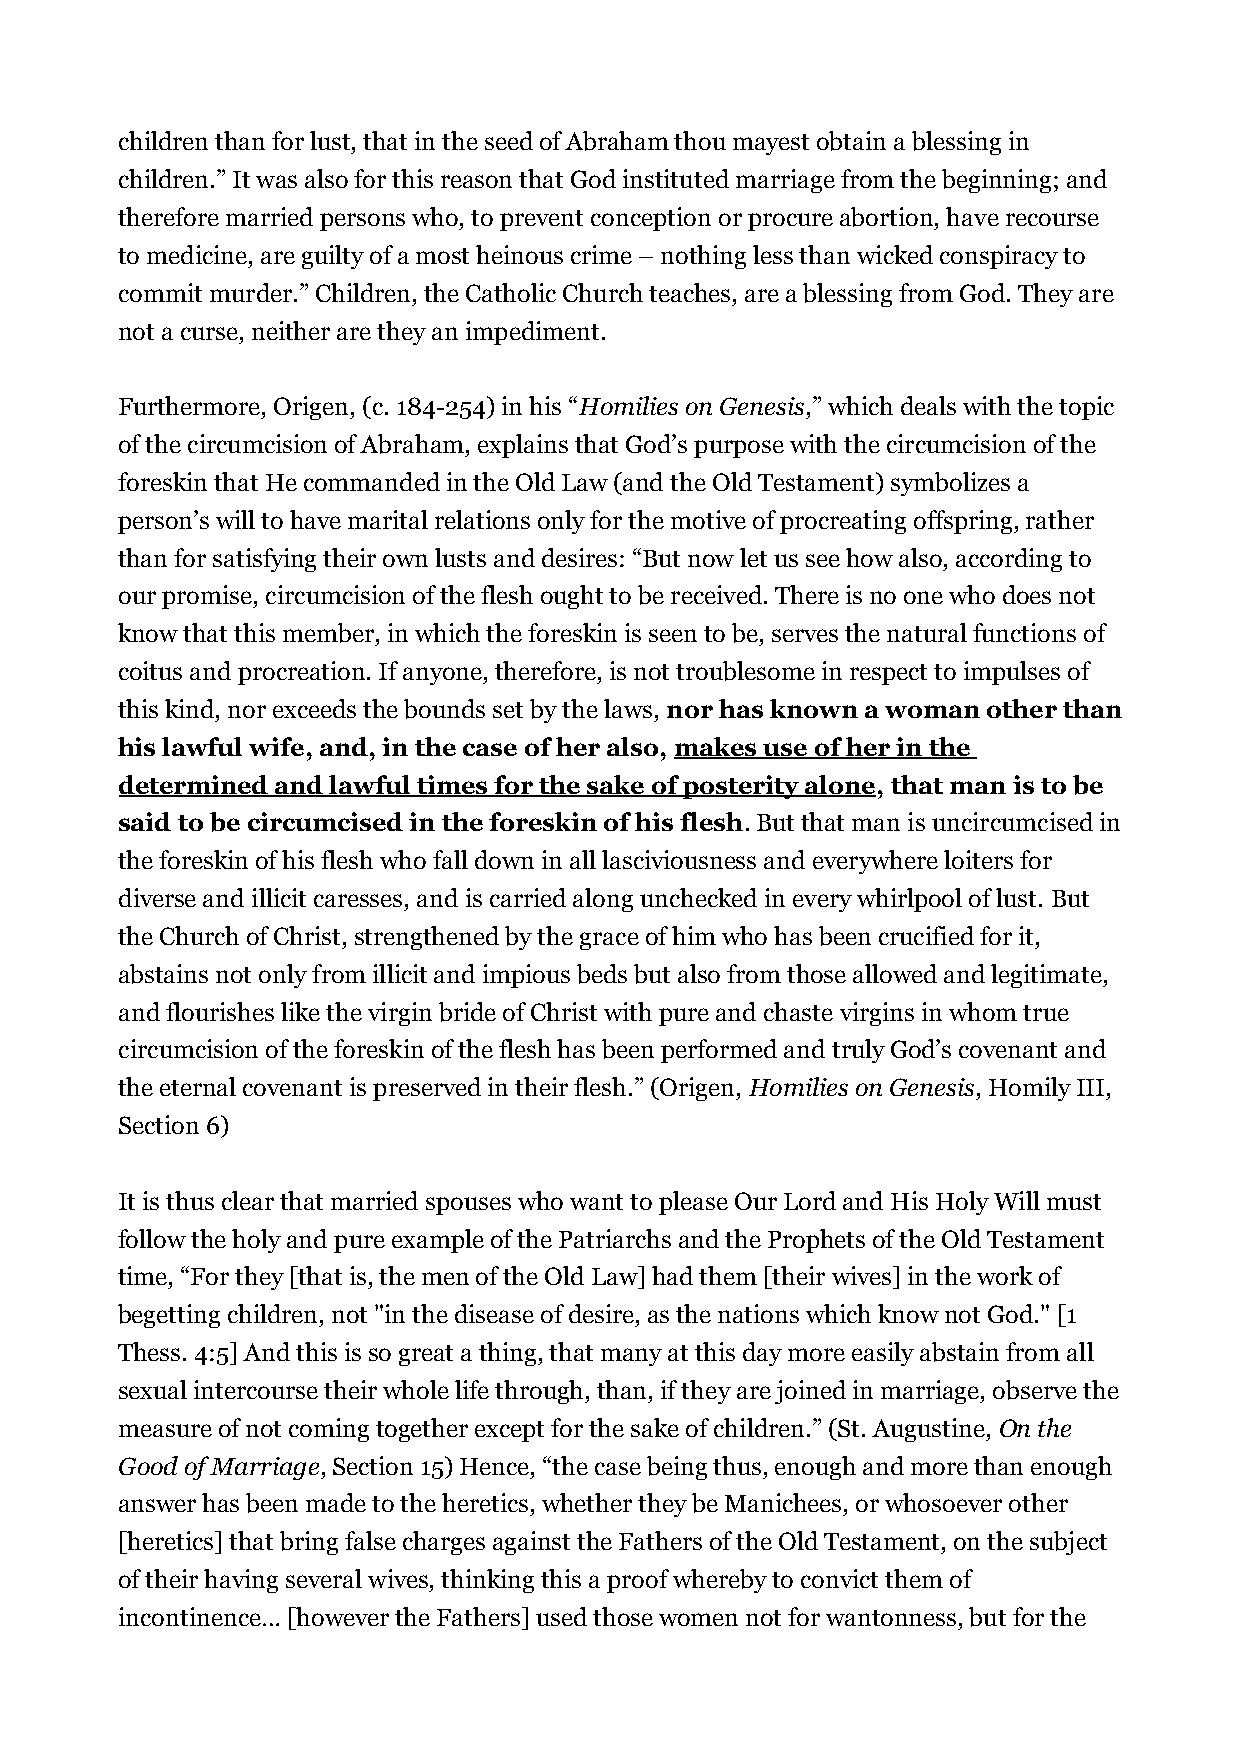
children than for lust, that in the seed of Abraham thou mayest obtain a blessing in
 children.” It was also for this reason that God instituted marriage from the beginning; and
 therefore married persons who, to prevent conception or procure abortion, have recourse
 to medicine, are guilty of a most heinous crime – nothing less than wicked conspiracy to
 commit murder.” Children, the Catholic Church teaches, are a blessing from God. They are
 not a curse, neither are they an impediment.
 Furthermore, Origen, (c. 184-254) in his “Homilies on Genesis,” which deals with the topic
 of the circumcision of Abraham, explains that God’s purpose with the circumcision of the
 foreskin that He commanded in the Old Law (and the Old Testament) symbolizes a
 person’s will to have marital relations only for the motive of procreating offspring, rather
 than for satisfying their own lusts and desires: “But now let us see how also, according to
 our promise, circumcision of the flesh ought to be received. There is no one who does not
 know that this member, in which the foreskin is seen to be, serves the natural functions of
 coitus and procreation. If anyone, therefore, is not troublesome in respect to impulses of
 this kind, nor exceeds the bounds set by the laws, nor has known a woman other than
 his lawful wife, and, in the case of her also, makes use of her in the
 determined and lawful times for the sake of posterity alone, that man is to be
 said to be circumcised in the foreskin of his flesh. But that man is uncircumcised in
 the foreskin of his flesh who fall down in all lasciviousness and everywhere loiters for
 diverse and illicit caresses, and is carried along unchecked in every whirlpool of lust. But
 the Church of Christ, strengthened by the grace of him who has been crucified for it,
 abstains not only from illicit and impious beds but also from those allowed and legitimate,
 and flourishes like the virgin bride of Christ with pure and chaste virgins in whom true
 circumcision of the foreskin of the flesh has been performed and truly God’s covenant and
 the eternal covenant is preserved in their flesh.” (Origen, Homilies on Genesis, Homily III,
 Section 6)
 It is thus clear that married spouses who want to please Our Lord and His Holy Will must
 follow the holy and pure example of the Patriarchs and the Prophets of the Old Testament
 time, “For they [that is, the men of the Old Law] had them [their wives] in the work of
 begetting children, not "in the disease of desire, as the nations which know not God." [1
 Thess. 4:5] And this is so great a thing, that many at this day more easily abstain from all
 sexual intercourse their whole life through, than, if they are joined in marriage, observe the
 measure of not coming together except for the sake of children.” (St. Augustine, On the
 Good of Marriage, Section 15) Hence, “the case being thus, enough and more than enough
 answer has been made to the heretics, whether they be Manichees, or whosoever other
 [heretics] that bring false charges against the Fathers of the Old Testament, on the subject
 of their having several wives, thinking this a proof whereby to convict them of
 incontinence… [however the Fathers] used those women not for wantonness, but for the